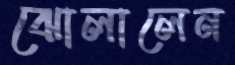
ঝোলালেন